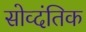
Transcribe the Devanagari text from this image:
सोव्दंतिक